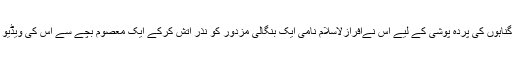
اپنے گناہوں کی پردہ پوشی کے لیے اس نےافرازلاسلام نامی ایک بنگالی مزدور کو نذرِ آتش کرکے ایک معصوم بچے سے اس کی ویڈیو بنائی۔